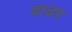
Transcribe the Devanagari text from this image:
वाढप